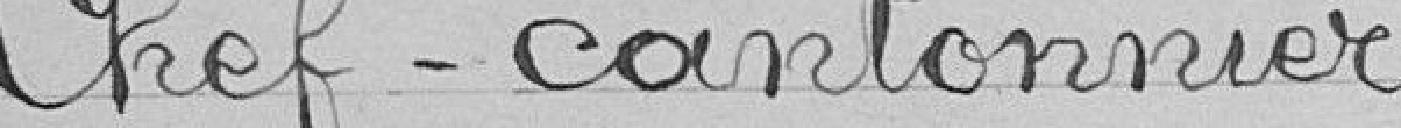
Chef-cantonnier